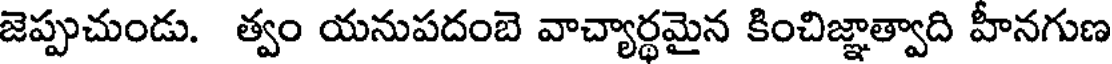
జెప్పుచుండు. త్వం యనుపదంబె వాచ్యార్థమైన కించిజ్ఞాత్వాది హీనగుణ